Vaccination North-Western Provinces and Oudh 1896-1901 - 1896-1901
Year: 1896
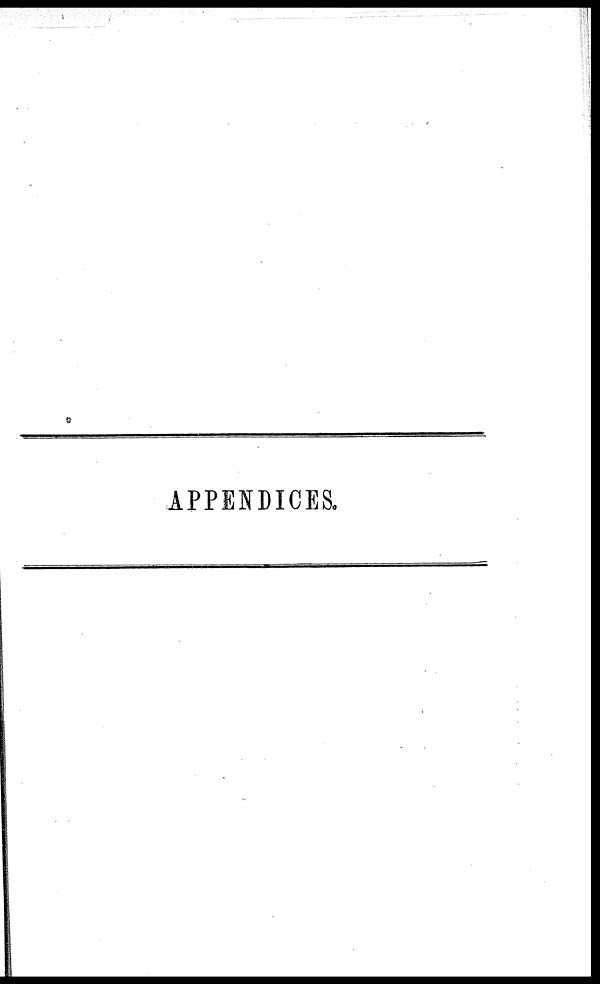
APPENDICES.